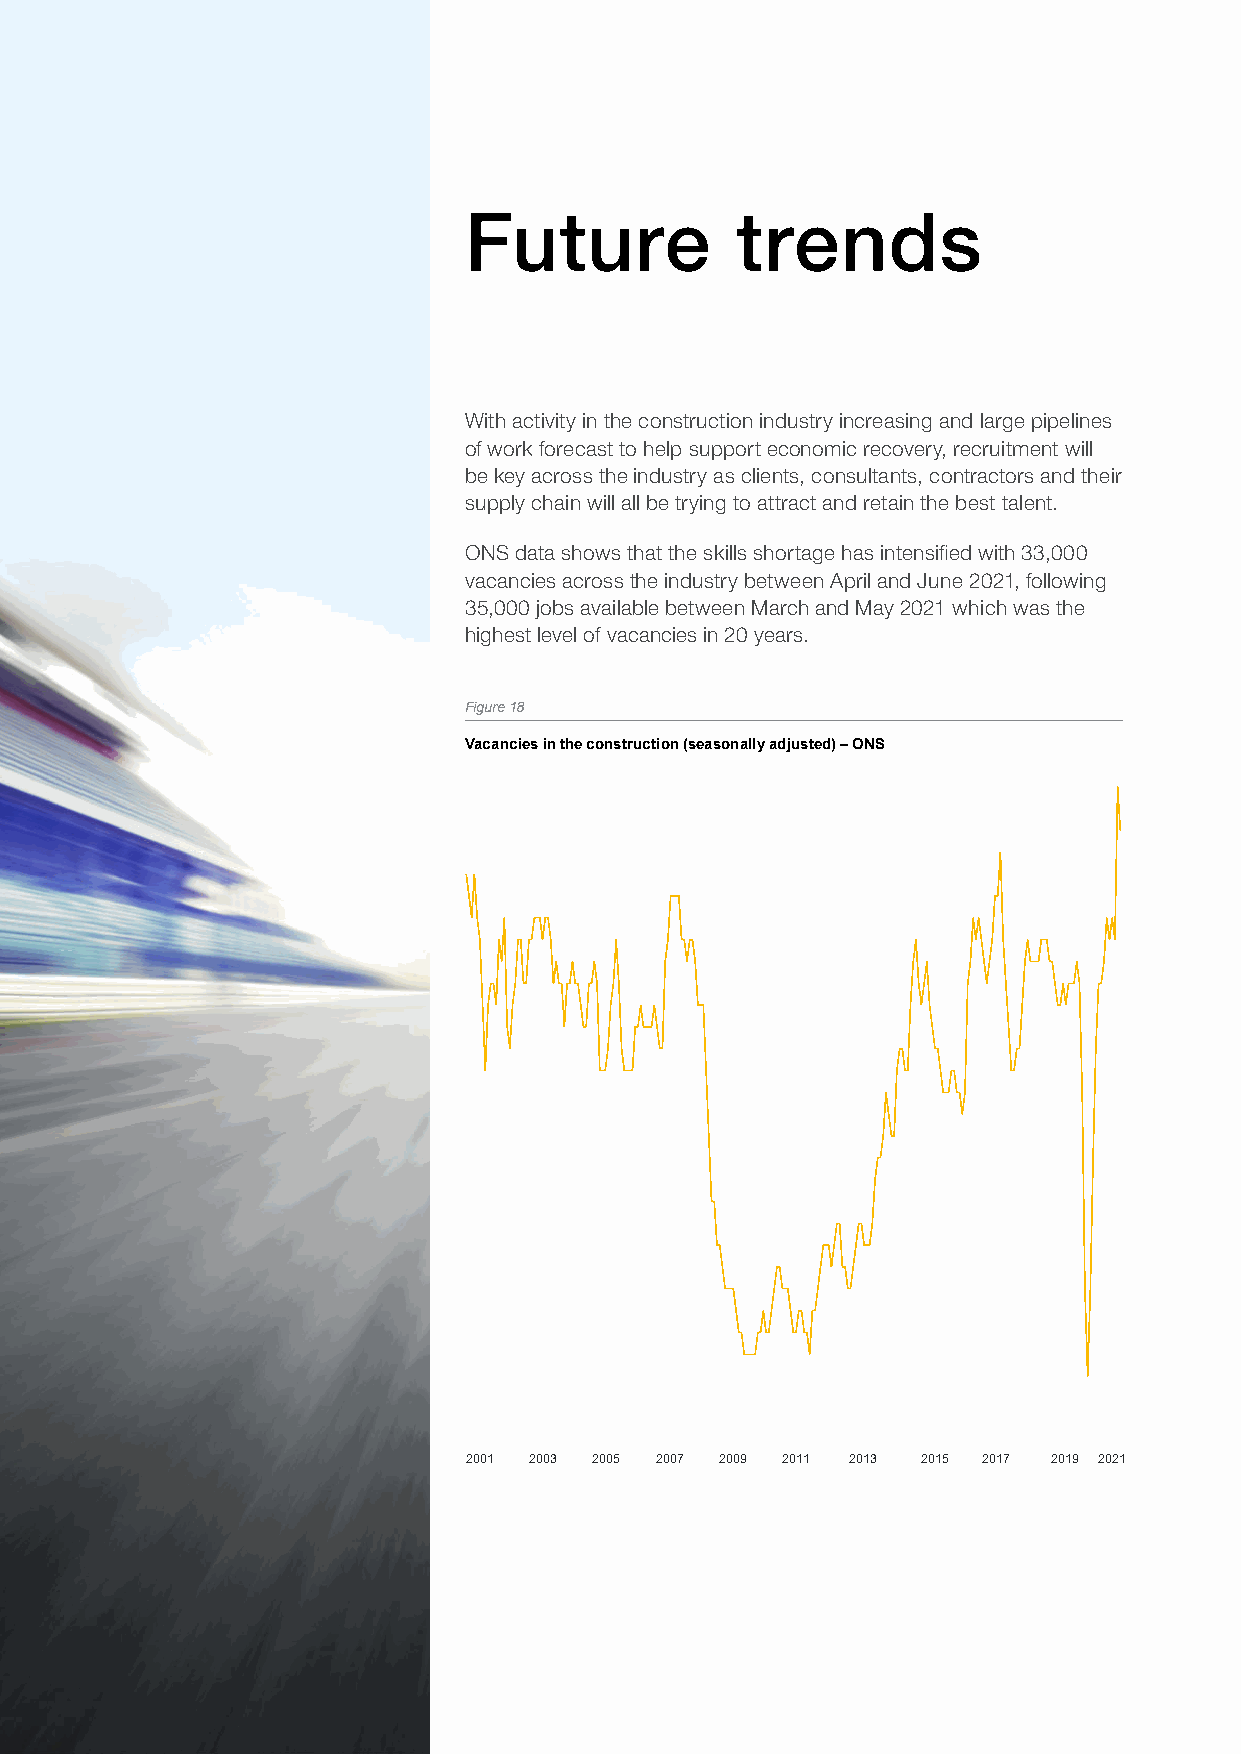
Future            trends
 With activity in the construction industry increasing and large pipelines
 of work forecast to help support economic recovery, recruitment will
 be key across the industry as clients, consultants, contractors and their
 supply chain will all be trying to attract and retain the best talent.
 ONS data shows that the skills shortage has intensified with 33,000
 vacancies across the industry between April and June 2021, following
 35,000 jobs available between March and May 2021 which was the
 highest level of vacancies in 20 years.
 Figure 18
 Figure 18
 Vacancies in the construction (seasonally adjusted) – ONS
 Vacancies in the construction industry (seasonally adjusted) — ONS
 2001 2003 2005 2007 2009 2011 2013 2015 2017 2019 2021
 Madewith